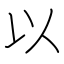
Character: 以